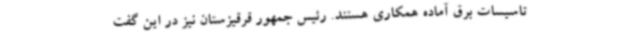
تاسیسات برق آماده همکاری هستند. رئیس جمهور قرقیزستان نیز در این گفت